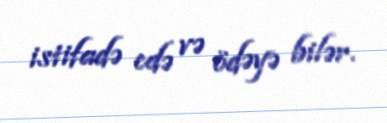
istifadə edə və ödəyə bilər.